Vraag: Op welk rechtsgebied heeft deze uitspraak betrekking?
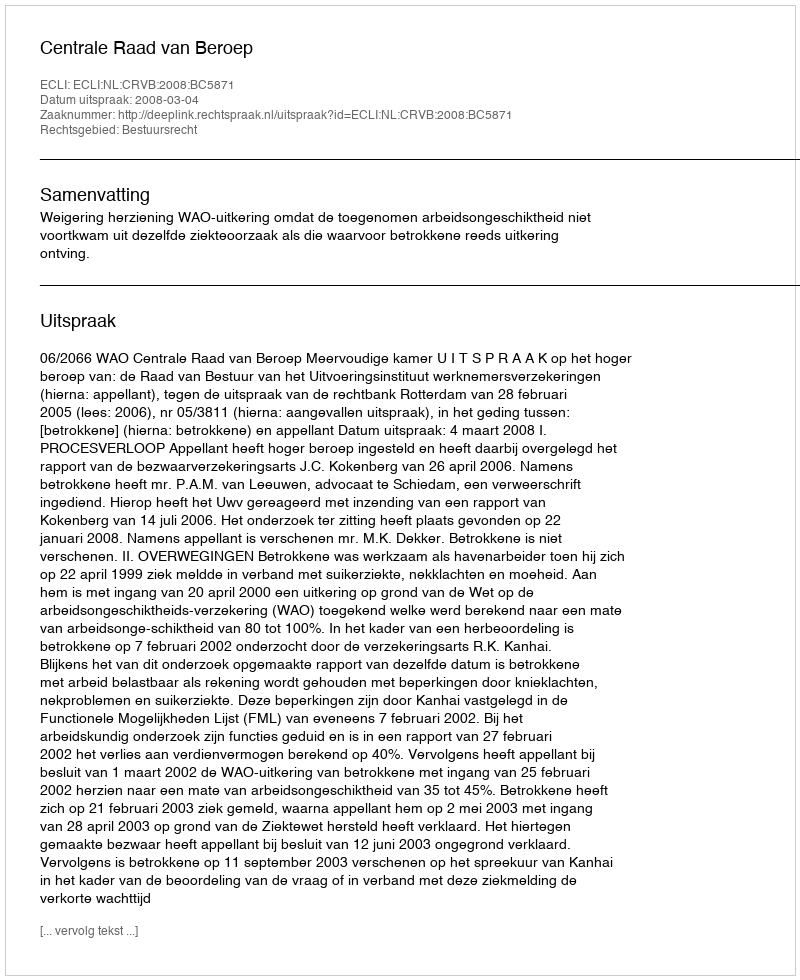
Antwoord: Bestuursrecht